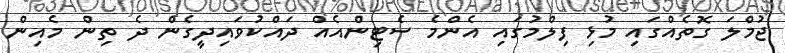
ޖުމްލަ ގޮތެއްގައި މުޅި ފިލްމުގައި އެންމެ ސެޓިންއެއް ދައްކުވައިދީގެން ދެ ތިން މެއިން